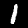
Digit: 1